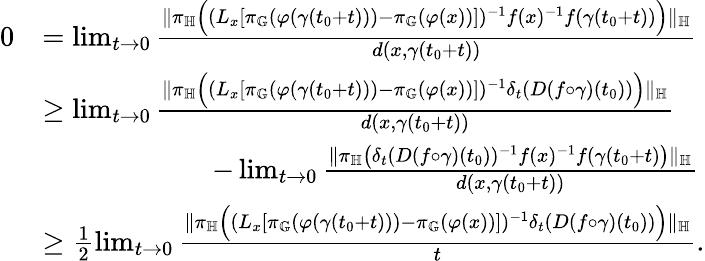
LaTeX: \begin{array}{rl}{0}&{=\operatorname*{lim}_{t\to 0}\frac{\lVert\pi_{\mathbb{H}}\Big((L_{x}[\pi_{\mathbb{G}}(\varphi(\gamma(t_{0}+t)))-\pi_{\mathbb{G}}(\varphi(x))])^{-1}f(x)^{-1}f(\gamma(t_{0}+t))\Big)\rVert_{\mathbb{H}}}{d(x,\gamma(t_{0}+t))}}\\ &{\geq\operatorname*{lim}_{t\to 0}\frac{\lVert\pi_{\mathbb{H}}\Big((L_{x}[\pi_{\mathbb{G}}(\varphi(\gamma(t_{0}+t)))-\pi_{\mathbb{G}}(\varphi(x))])^{-1}\delta_{t}(D(f\circ\gamma)(t_{0}))\Big)\rVert_{\mathbb{H}}}{d(x,\gamma(t_{0}+t))}}\\ &{\qquad\qquad\qquad-\operatorname*{lim}_{t\to 0}\frac{\lVert\pi_{\mathbb H}\left(\delta_{t}(D(f\circ\gamma)(t_{0}))^{-1}f(x)^{-1}f(\gamma(t_{0}+t)\right)\rVert_{\mathbb{H}}}{d(x,\gamma(t_{0}+t))}}\\ &{\geq\frac{1}{2}\operatorname*{lim}_{t\to 0}\frac{\lVert\pi_{\mathbb{H}}\Big((L_{x}[\pi_{\mathbb{G}}(\varphi(\gamma(t_{0}+t)))-\pi_{\mathbb{G}}(\varphi(x))])^{-1}\delta_{t}(D(f\circ\gamma)(t_{0}))\Big)\rVert_{\mathbb{H}}}{t}.}\end{array}